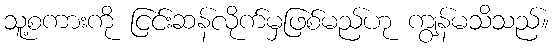
သူ့စကားကို ငြင်းဆန်လိုက်မှဖြစ်မည်ဟု ကျွန်မသိသည်။